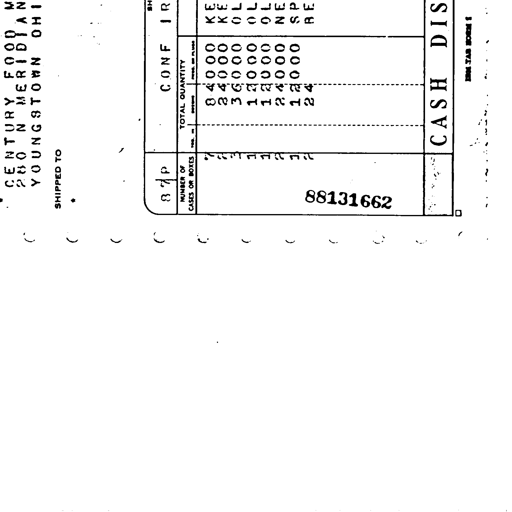
CENTURY FOOD
280 N MERIDIAN
YOUNGSTOWN OHIO

SHIPPED TO

SH
IR

CONF

NUMBER OF
CASES OR BOXES

TOTAL QUANTITY

KE
KE
OL
OL
OL
NE
SP
RE

84000
84000
36000
12000
12000
24000
12000
24

CASH DIS

87P
7
2
3
1
1
2
1
2

88131662